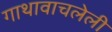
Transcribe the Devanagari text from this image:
गाथावाचलेली